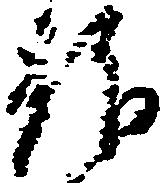
拝